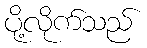
ပို့လိုက်သည်